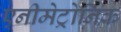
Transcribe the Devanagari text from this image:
एनीमेट्रोनिक